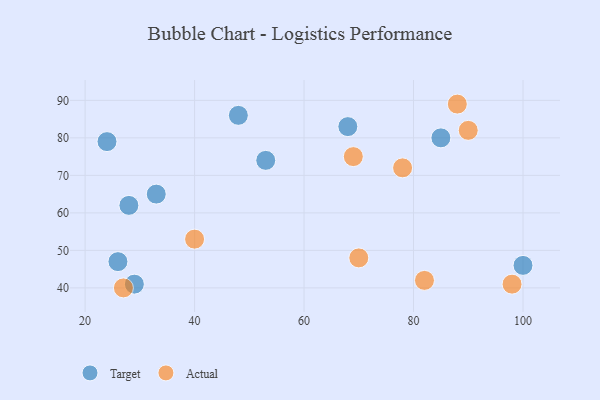
{"axis": {"x": "GDP", "y": "Life Expectancy"}, "legend": ["Actual", "Target"], "data": [{"x": "29", "y": 41, "type": "Target"}, {"x": "48", "y": 86, "type": "Target"}, {"x": "26", "y": 47, "type": "Target"}, {"x": "100", "y": 46, "type": "Target"}, {"x": "53", "y": 74, "type": "Target"}, {"x": "68", "y": 83, "type": "Target"}, {"x": "24", "y": 79, "type": "Target"}, {"x": "33", "y": 65, "type": "Target"}, {"x": "28", "y": 62, "type": "Target"}, {"x": "85", "y": 80, "type": "Target"}, {"x": "98", "y": 41, "type": "Actual"}, {"x": "27", "y": 40, "type": "Actual"}, {"x": "40", "y": 53, "type": "Actual"}, {"x": "82", "y": 42, "type": "Actual"}, {"x": "88", "y": 89, "type": "Actual"}, {"x": "69", "y": 75, "type": "Actual"}, {"x": "90", "y": 82, "type": "Actual"}, {"x": "70", "y": 48, "type": "Actual"}, {"x": "78", "y": 72, "type": "Actual"}]}